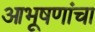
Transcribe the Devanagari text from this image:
आभूषणांचा